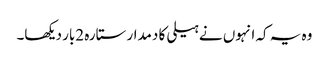
وہ یہ کہ انہوں نے ہیلی کا دمدار ستارہ 2بار دیکھا۔